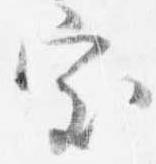
室